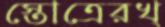
স্তোত্রেরখ্